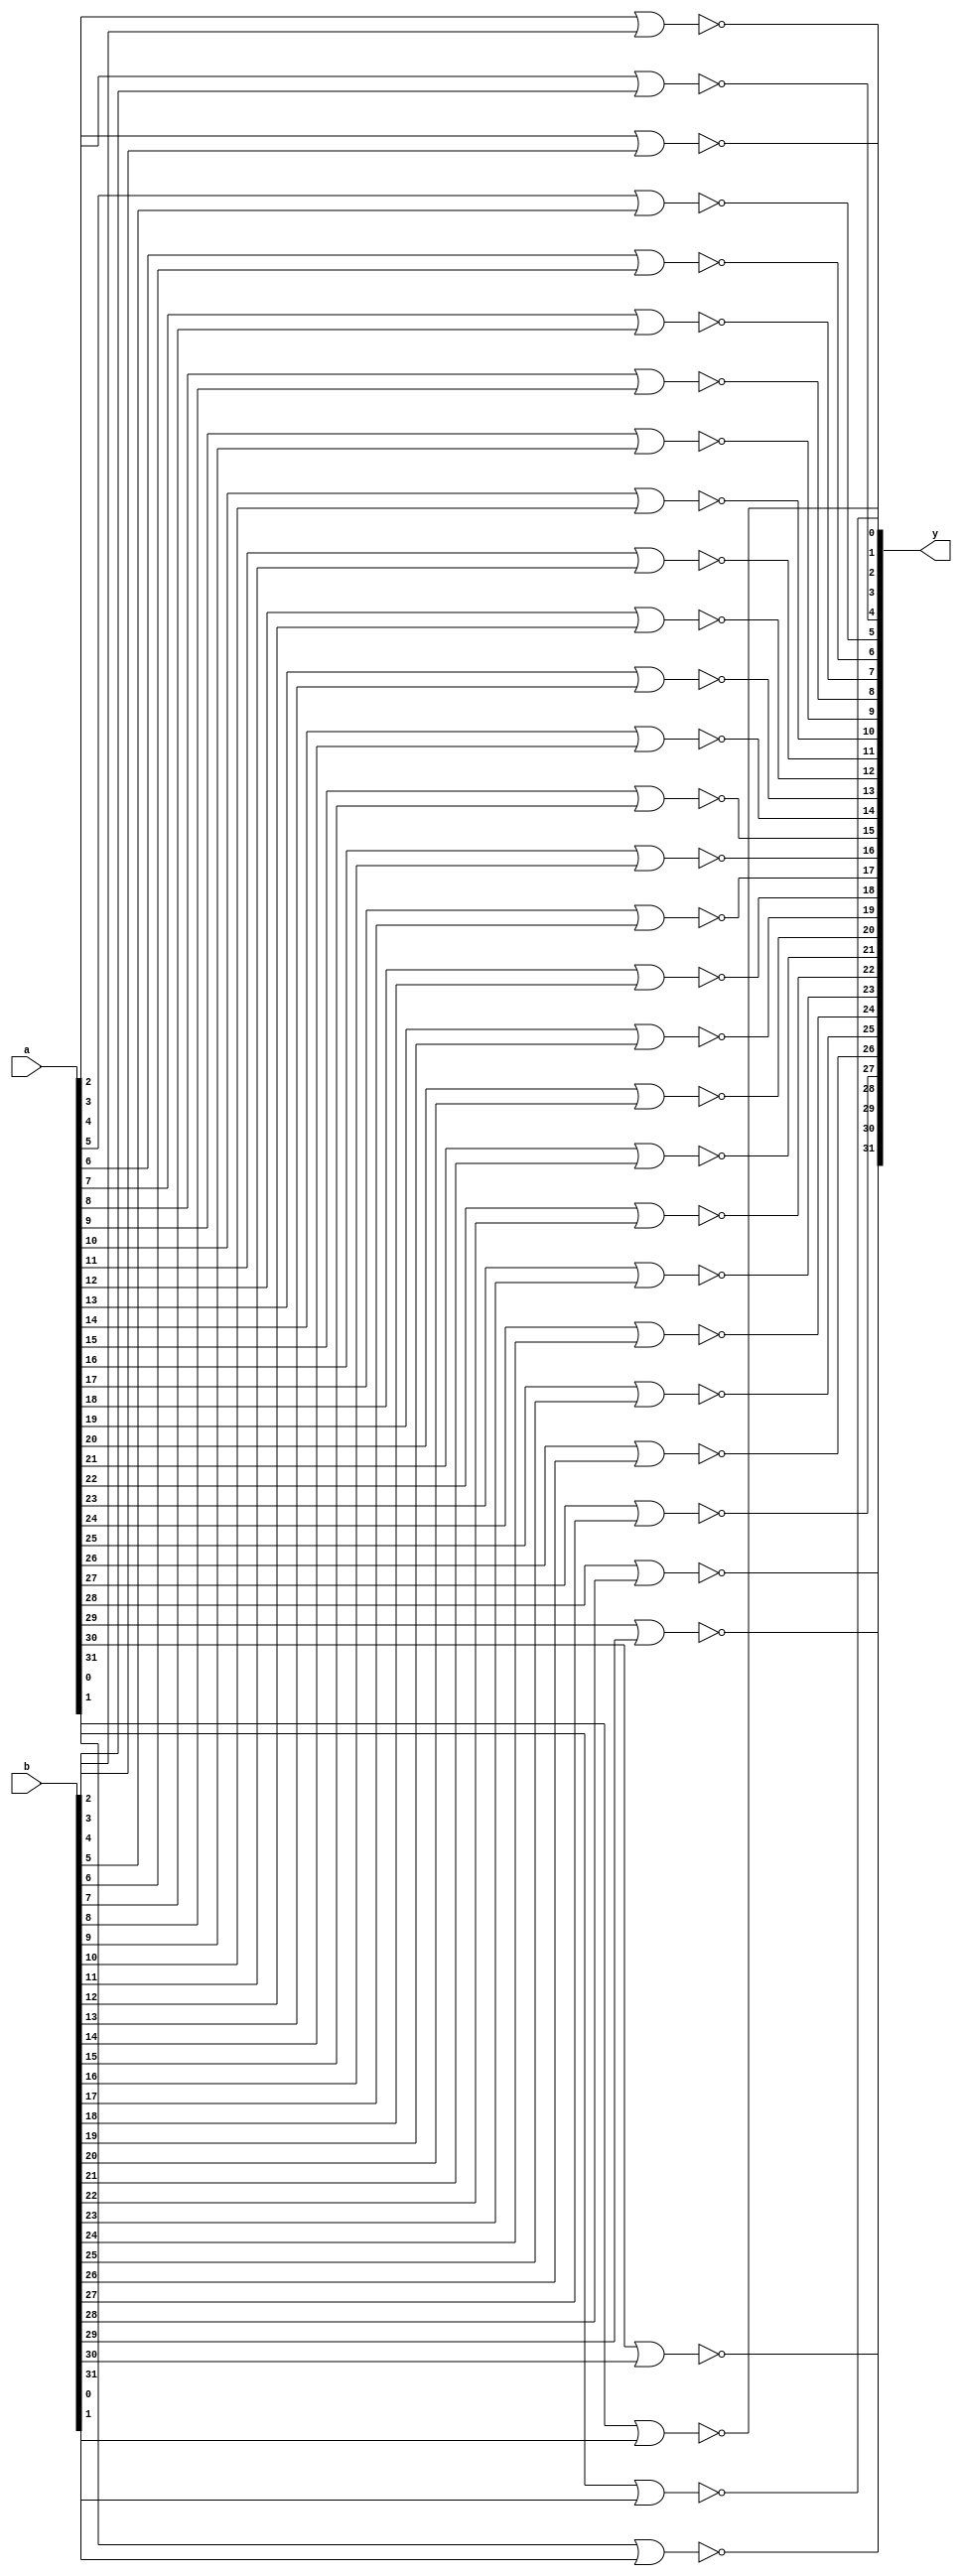
module nor_gate(
    input [31:0] a,
    input [31:0] b,
    output [31:0] y
);

    
    nor nor_gate_0(y[0], a[0], b[0]);
    nor nor_gate_1(y[1], a[1], b[1]);
	 nor nor_gate_2(y[2], a[2], b[2]);
	 nor nor_gate_3(y[3], a[3], b[3]);
	 nor nor_gate_4(y[4], a[4], b[4]);
	 nor nor_gate_5(y[5], a[5], b[5]);
	 nor nor_gate_6(y[6], a[6], b[6]);
	 nor nor_gate_7(y[7], a[7], b[7]);
	 nor nor_gate_8(y[8], a[8], b[8]);
	 nor nor_gate_9(y[9], a[9], b[9]);
	 nor nor_gate_10(y[10], a[10], b[10]);
    nor nor_gate_11(y[11], a[11], b[11]);
	 nor nor_gate_12(y[12], a[12], b[12]);
	 nor nor_gate_13(y[13], a[13], b[13]);
	 nor nor_gate_14(y[14], a[14], b[14]);
	 nor nor_gate_15(y[15], a[15], b[15]);
	 nor nor_gate_16(y[16], a[16], b[16]);
	 nor nor_gate_17(y[17], a[17], b[17]);
	 nor nor_gate_18(y[18], a[18], b[18]);
	 nor nor_gate_19(y[19], a[19], b[19]);
	 nor nor_gate_20(y[20], a[20], b[20]);
	 nor nor_gate_21(y[21], a[21], b[21]);
	 nor nor_gate_22(y[22], a[22], b[22]);
	 nor nor_gate_23(y[23], a[23], b[23]);
	 nor nor_gate_24(y[24], a[24], b[24]);
	 nor nor_gate_25(y[25], a[25], b[25]);
	 nor nor_gate_26(y[26], a[26], b[26]);
	 nor nor_gate_27(y[27], a[27], b[27]);
	 nor nor_gate_28(y[28], a[28], b[28]);
	 nor nor_gate_29(y[29], a[29], b[29]);
	 nor nor_gate_30(y[30], a[30], b[30]);
    nor nor_gate_31(y[31], a[31], b[31]);

endmodule